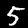
Digit: 5